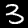
Digit: 3